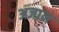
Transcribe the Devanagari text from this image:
अजा़न